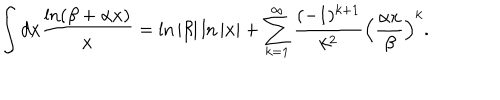
\int d x \frac { \ln ( \beta + \alpha x ) } { x } = \ln \vert \beta \vert \ln \vert x \vert + \sum _ { k = 1 } ^ { \infty } \frac { ( - 1 ) ^ { k + 1 } } { k ^ { 2 } } \Bigl ( \frac { \alpha x } { \beta } \Bigr ) ^ { k } .